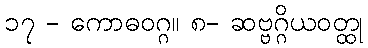
၁၇ - ကောဓဝဂ္ဂ။ ၈- ဆဗ္ဗဂ္ဂိယဝတ္ထု